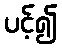
ပင့်၍